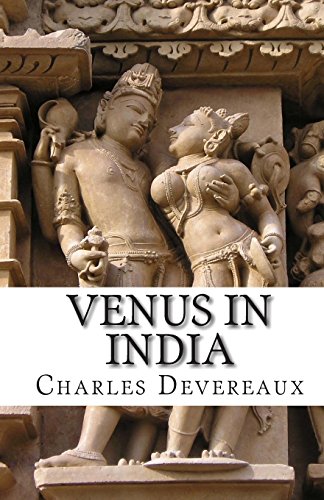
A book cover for Venus in India; Charles Devereaux; Romance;